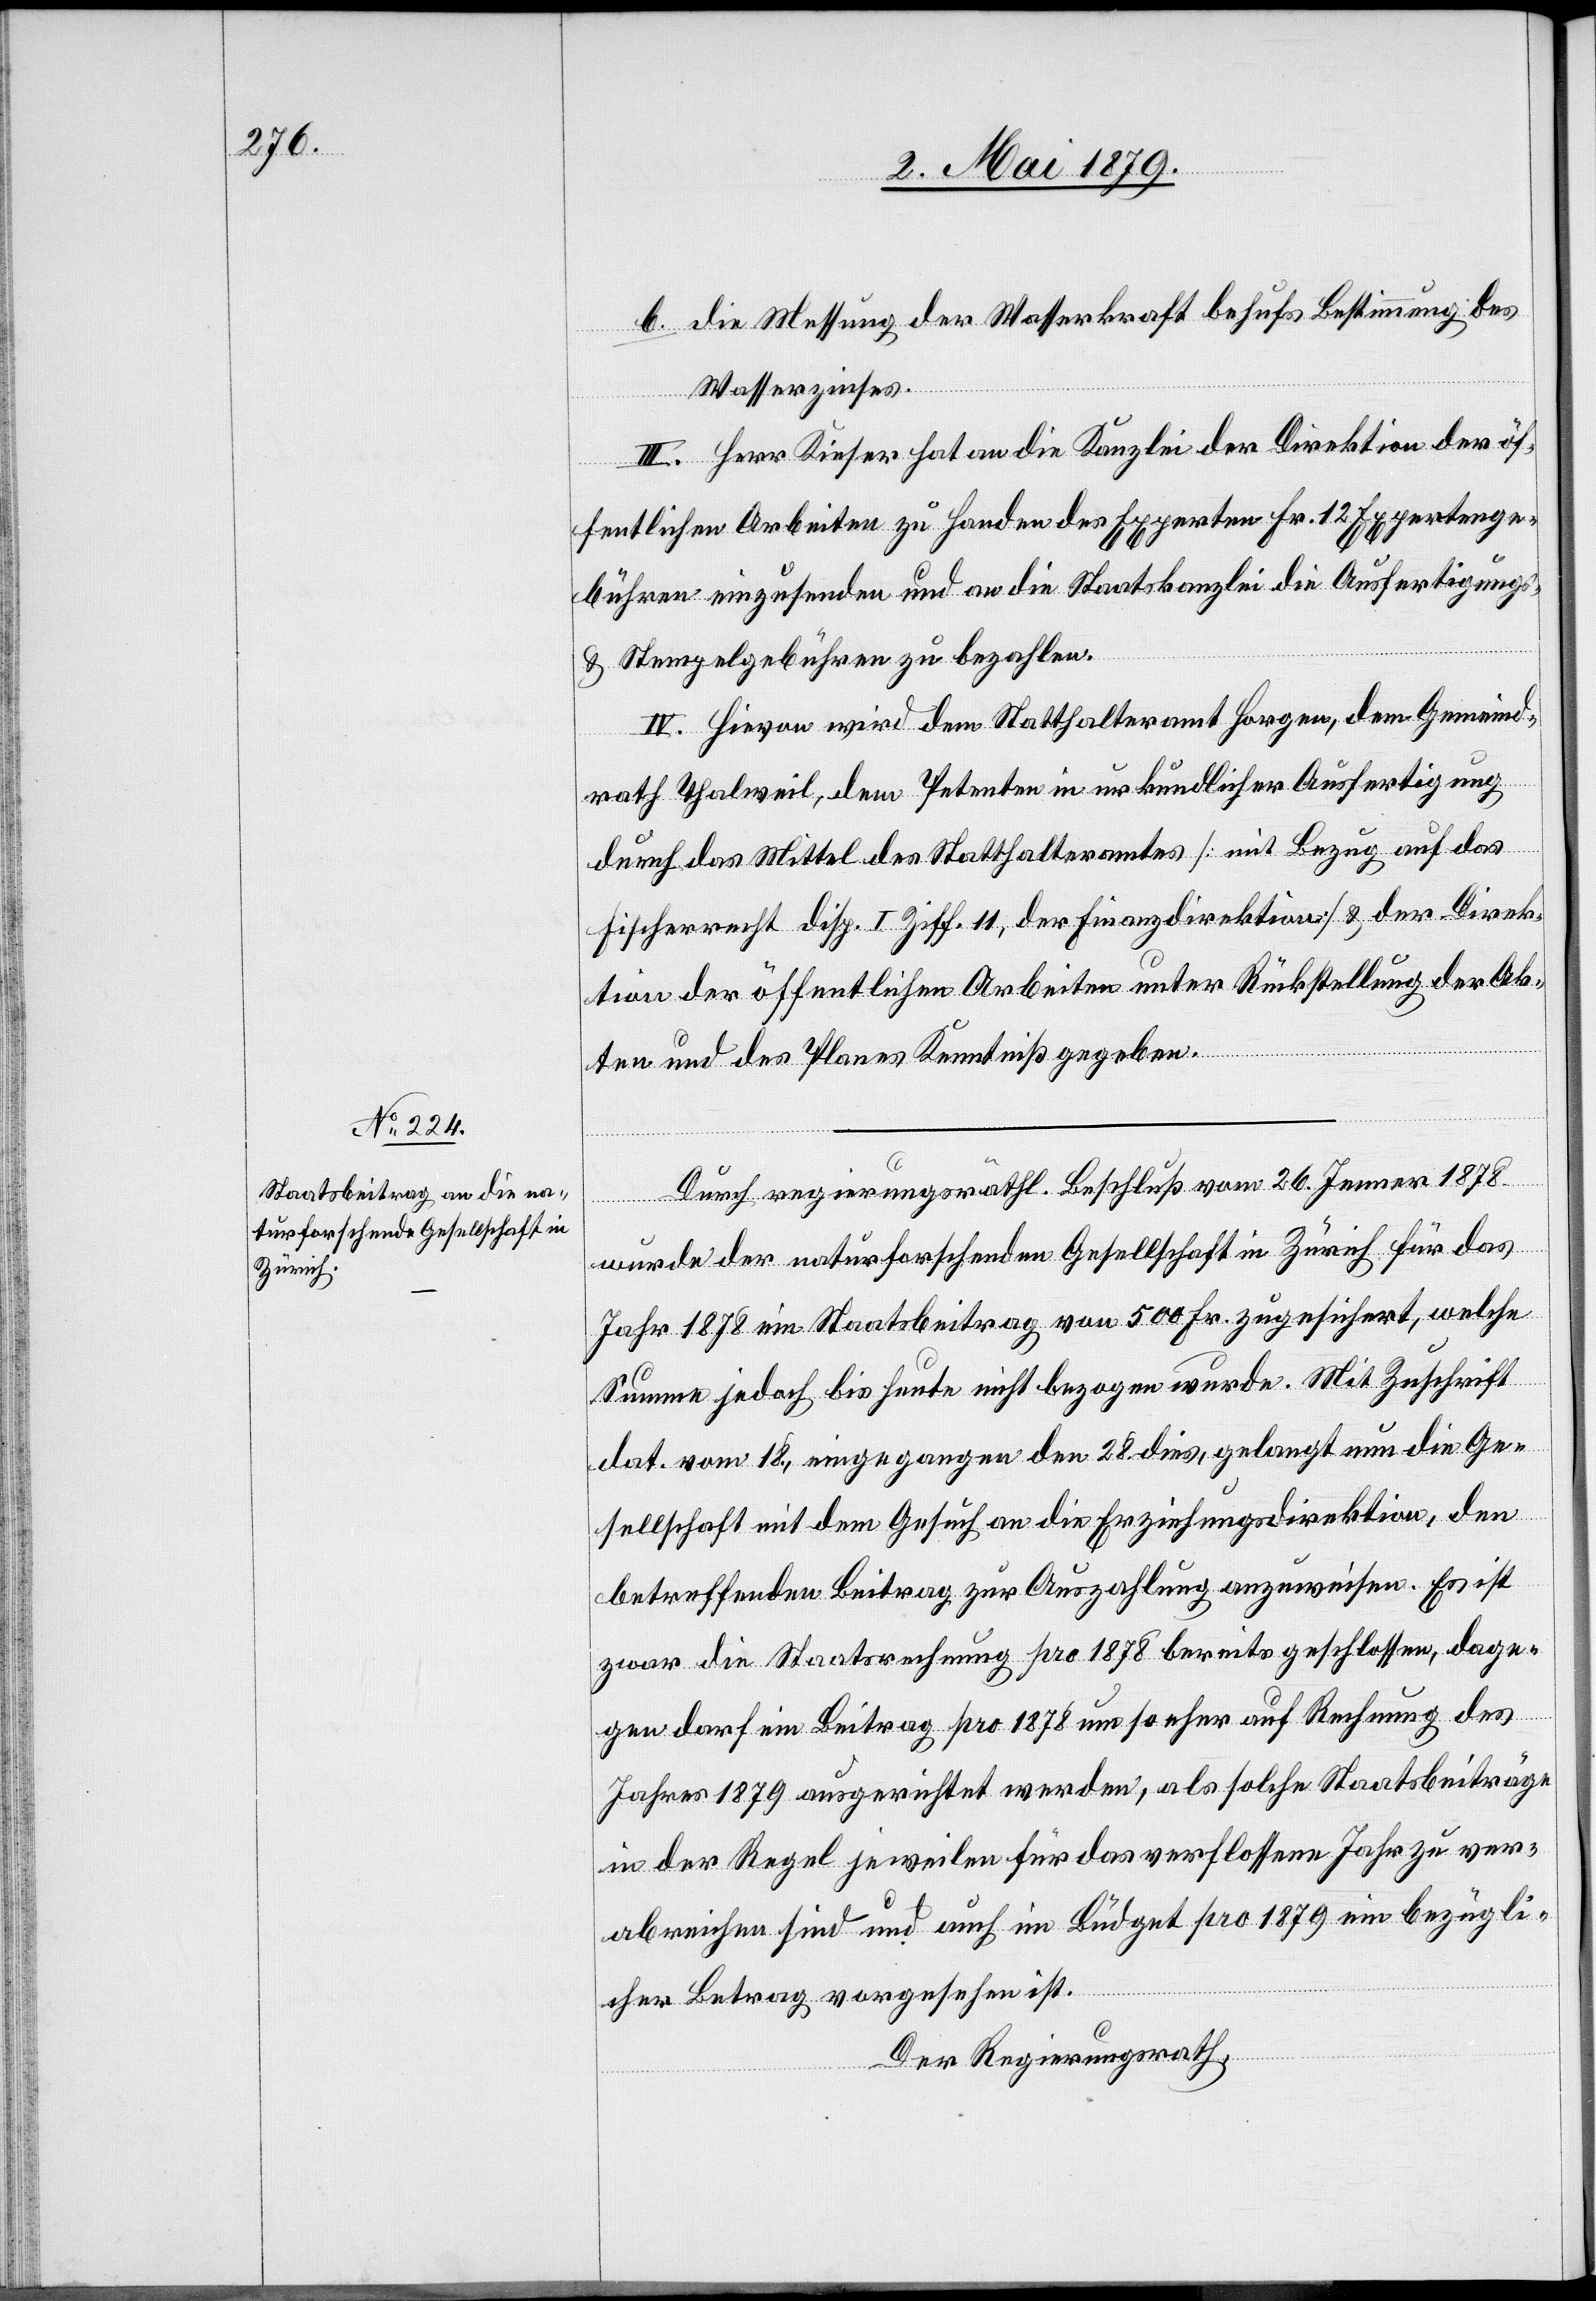
b. die Messung der Wasserkraft behufs Bestimmung des
Wasserzinses.
III. Herr Kieser hat an die Kanzlei der Direktion der öf¬
fentlichen Arbeiten zu Handen des Experten Fr. 12 Expertenge¬
bühren einzusenden und an die Staatskanzlei die Ausfertigungs-
& Stempelgebühren zu bezahlen.
IV. Hievon wird dem Statthalteramt Horgen, dem Gemeind¬
rath Thalweil, dem Petenten in urkundlicher Ausfertigung
durch das Mittel des Statthalteramtes [mit Bezug auf das
Fischerrecht Disp. I Ziff. 11, der Finanzdirektion] & der Direk¬
tion der öffentlichen Arbeiten unter Rückstellung der Ak¬
ten und des Planes Kenntniß gegeben.
Durch regierungsräthl. Beschluß vom 26. Jenner 1878
wurde der naturforschenden Gesellschaft in Zürich für das
Jahr 1878 ein Staatsbeitrag von 500 Fr. zugesichert, welche
Summe jedoch bis heute nicht bezogen wurde. Mit Zuschrift
dat. vom 18., eingegangen den 28. dies, gelangt nun die Ge¬
sellschaft mit dem Gesuch an die Erziehungsdirektion, den
betreffenden Beitrag zur Auszahlung anzuweisen. Es ist
zwar die Staatsrechnung pro 1878 bereits geschlossen, dage¬
gen darf ein Beitrag pro 1878 um so eher auf Rechnung des
Jahres 1879 ausgerichtet werden, als solche Staatsbeiträge
in der Regel jeweilen für das verflossene Jahr zu ver¬
abreichen sind und auch im Büdget pro 1879 ein bezügli¬
cher Betrag vorgesehen ist.
Der Regierungsrath,